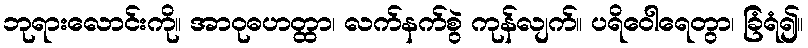
ဘုရားလောင်းကို။ အာဝုဓဟတ္ထာ၊ လက်နက်စွဲ ကုန်လျက်။ ပရိဝေါရေတွာ၊ ခြံရံ၍။